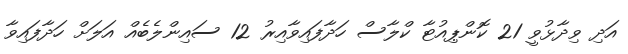
އަދި ވިދާޅުވީ 21 ކޮންޕިއުޓާ ކްލާސް ހަދާފައިވާއިރު 12 ސައިންލެބެއް އަލަށް ހަދާފައިވާ